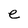
Character: e